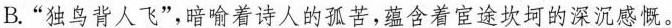
B.”独鸟背人飞”，暗喻着诗人的孤苦，蕴含着宦途坎坷的深沉感慨。